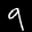
Label: 9